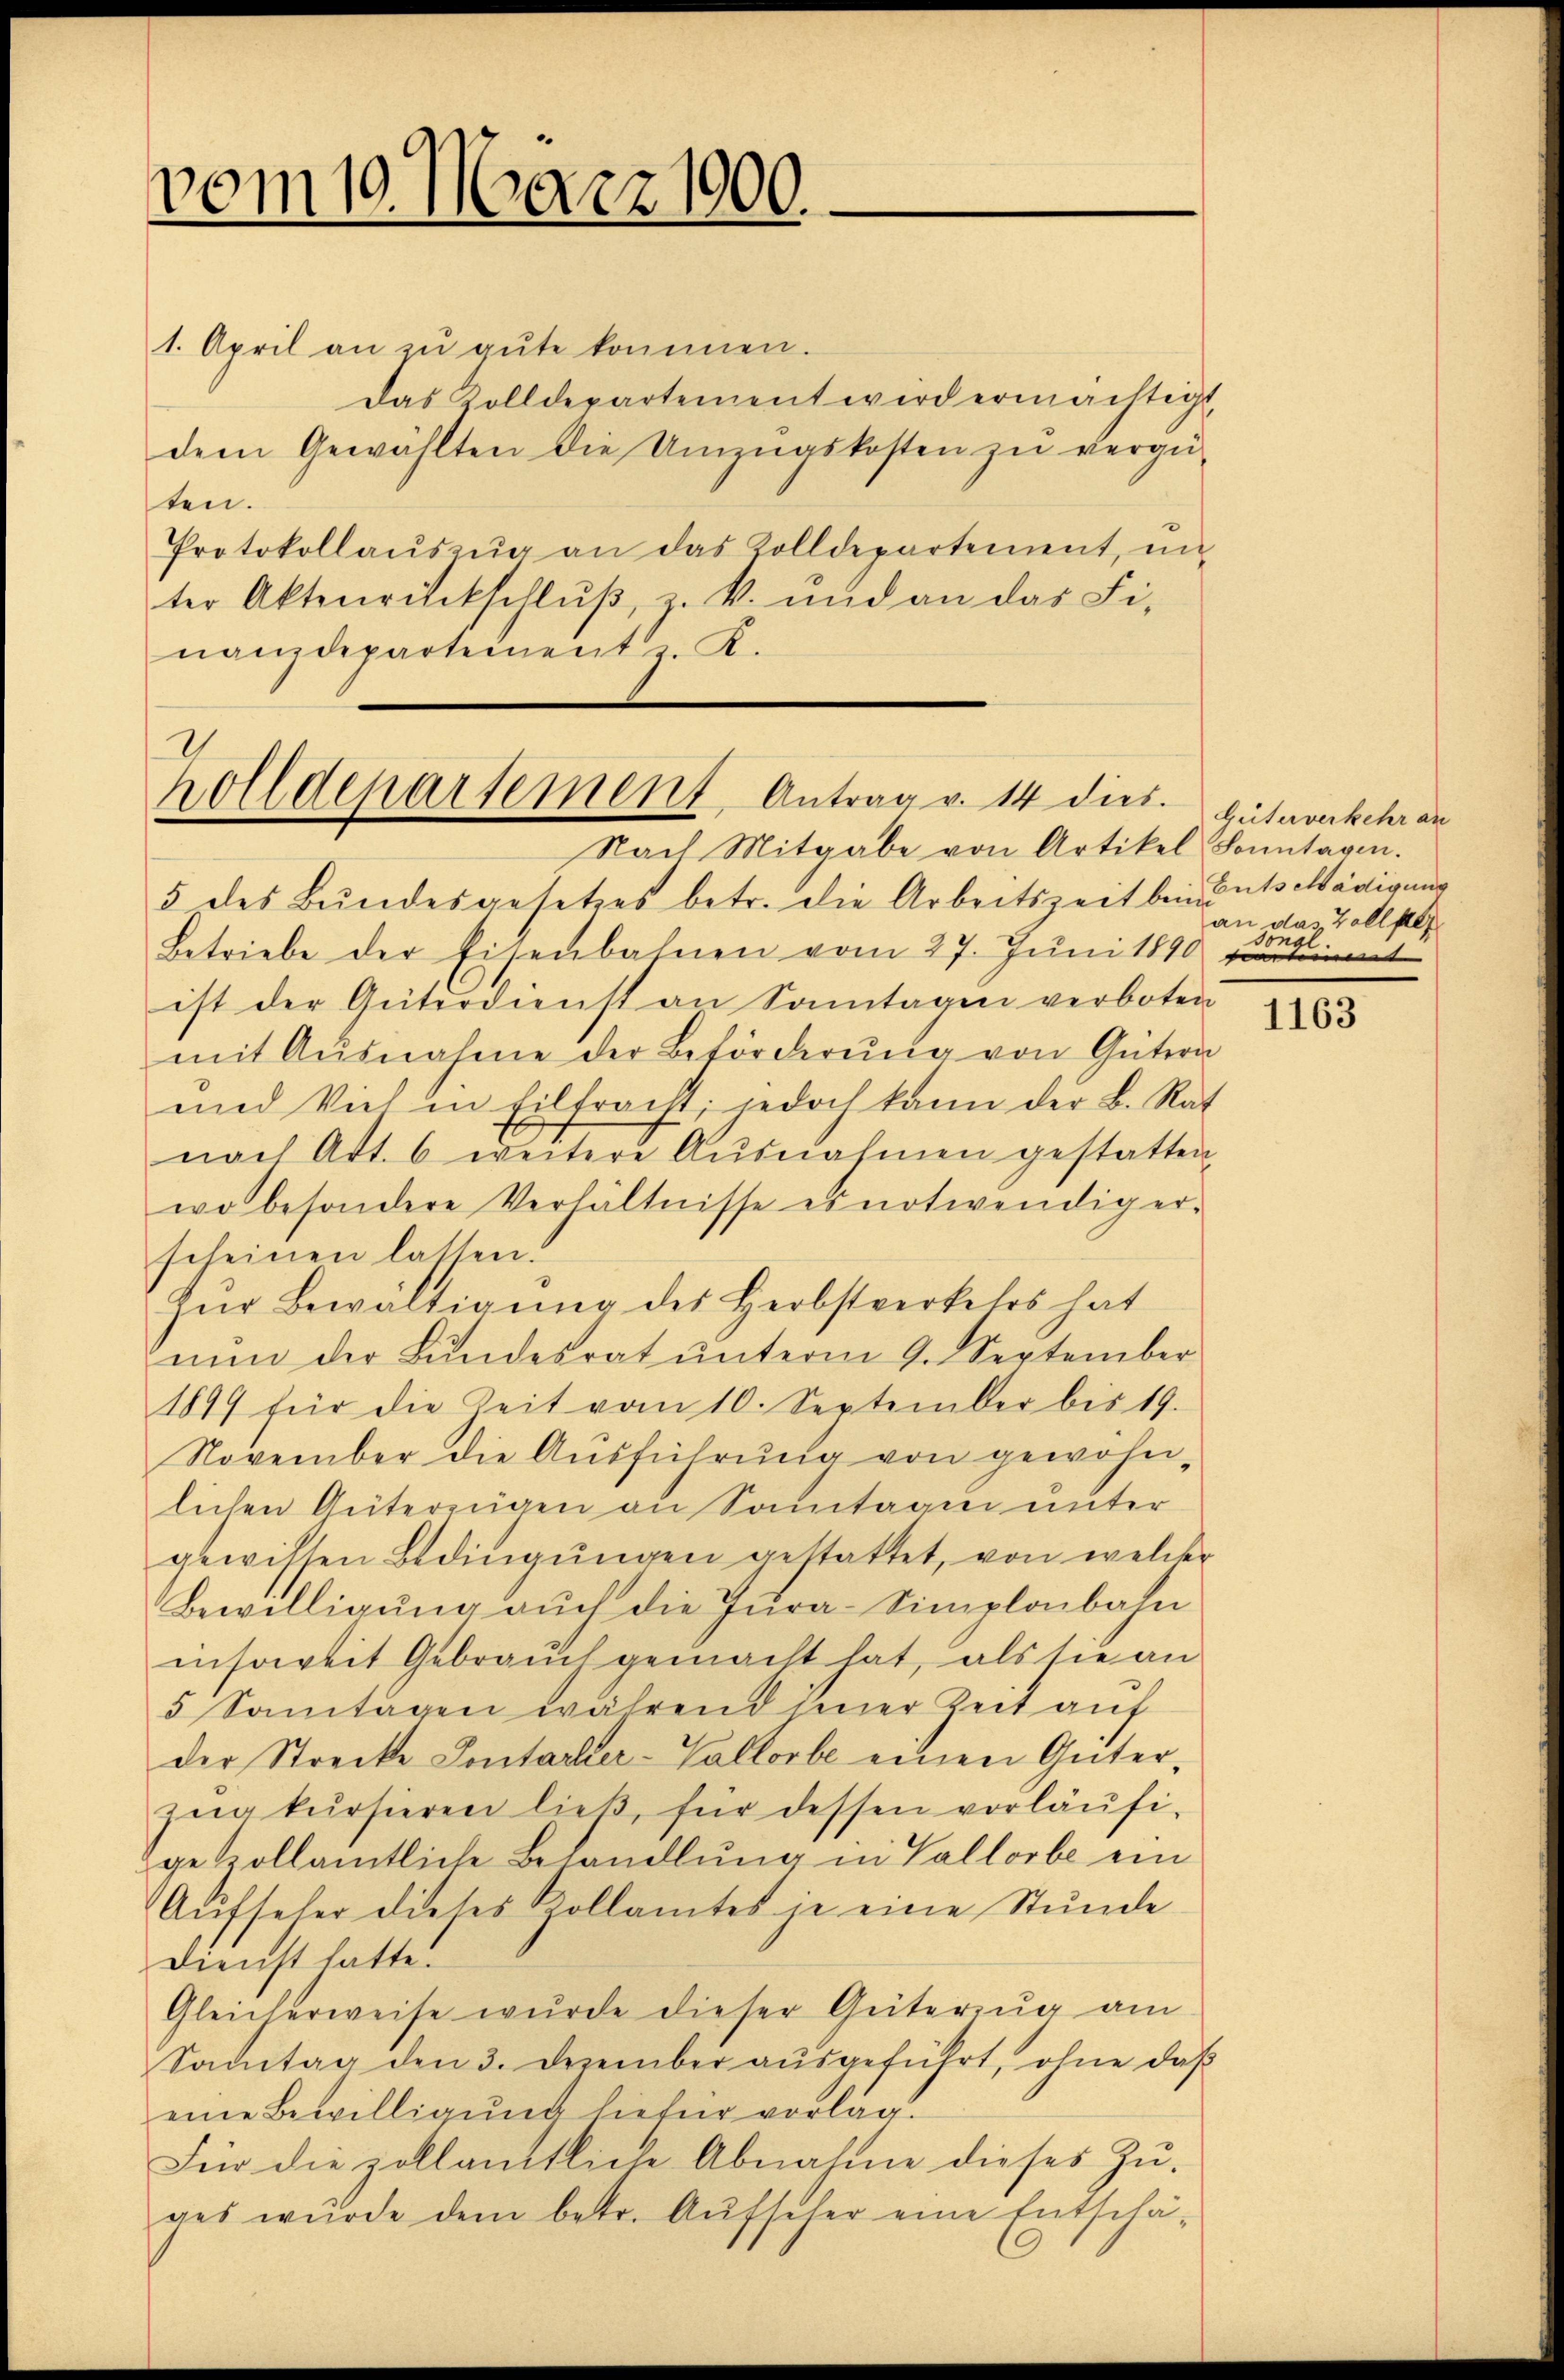
vom 10. März 1900.

1. April an zu gute kommen.
Das Zolldepartement wird ermächtigt,
dem Gewählten die Umzugskosten zŭ vergü-
ten.
Protokollaŭszŭg an das Zolldepartement, in
ter Aktenrückschlŭβ, z. k. und an das Fi-
nanzdepartement z. K.

holldepartement, Antrag v. 14 dies

Nach Mitgabe von Artikel Sonntagen.
5 des Bŭndesgesetzes betr. die Arbeitszeit bei Entschädigung
Betriebe der Eisenbahnen vom 27. Jŭni 1890
ist der Güterdienst an Sonntagen verboten
mit Ausnahme der Beförderŭng von Gütern
und Viel in Eilfracht, jedoch kann der B. Rat
nach Art. 6 weitere Ausnahmen gestatten.
wo besondere Verhältnisse es notwendiger-
scheinen lassen.
Zur Bewältigung des Herbstverkelos hat
nŭn der Bŭndesrat ŭnterm 9. September
1899 für die Zeit vom 10. September bis 19.
November die Aŭsführŭng von gewohn-
lichen Güterungen an Sonntagin unter
gewissen Bedingŭngen gestattet, von welcher
Bewilligung auch die Jura-Simplonbahn
insoweit Gebrauch gemacht hat, als sie an
5 Santagen während jener Zeit auf
der Strecke Sontacker-Vallorbe einen Güterzŭg kursieren ließ, für dessen vorläŭfi-
gezollamtliche Behandlung in Vallorbe ein
Aufseher dieses Zollamtes je eine Stunde
Dienst hatte.
Gleicherweise wurde dieser Güterzŭg am
Sontag den 3. Dezember aŭsgeführt, ohne daβ
eine Bewilligŭng liefer vorlag.
Für die zollanttliche Abnahme dieses Zŭ-
ges wurde dem betr. Aŭfseher eine Entschä-

Giiterverkehr an
an das Zollster
don
t
i

1163